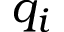
q _ { i }